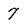
Character: 7